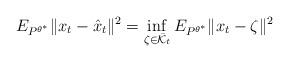
LaTeX: \begin{align*}E_{P^{\theta^{\ast}}}\Vert{x}_{t}-\hat{x}_{t}\Vert^{2}=\inf_{\zeta\in\bar{\mathcal{K}}_{t}}E_{P^{\theta^{\ast}}}\Vert{x}_{t}-\zeta\Vert^{2}\end{align*}